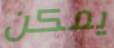
يمكن